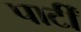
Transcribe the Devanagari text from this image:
पार्टीं